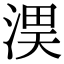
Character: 𭱏